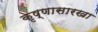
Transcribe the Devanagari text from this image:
कृष्णासारखा